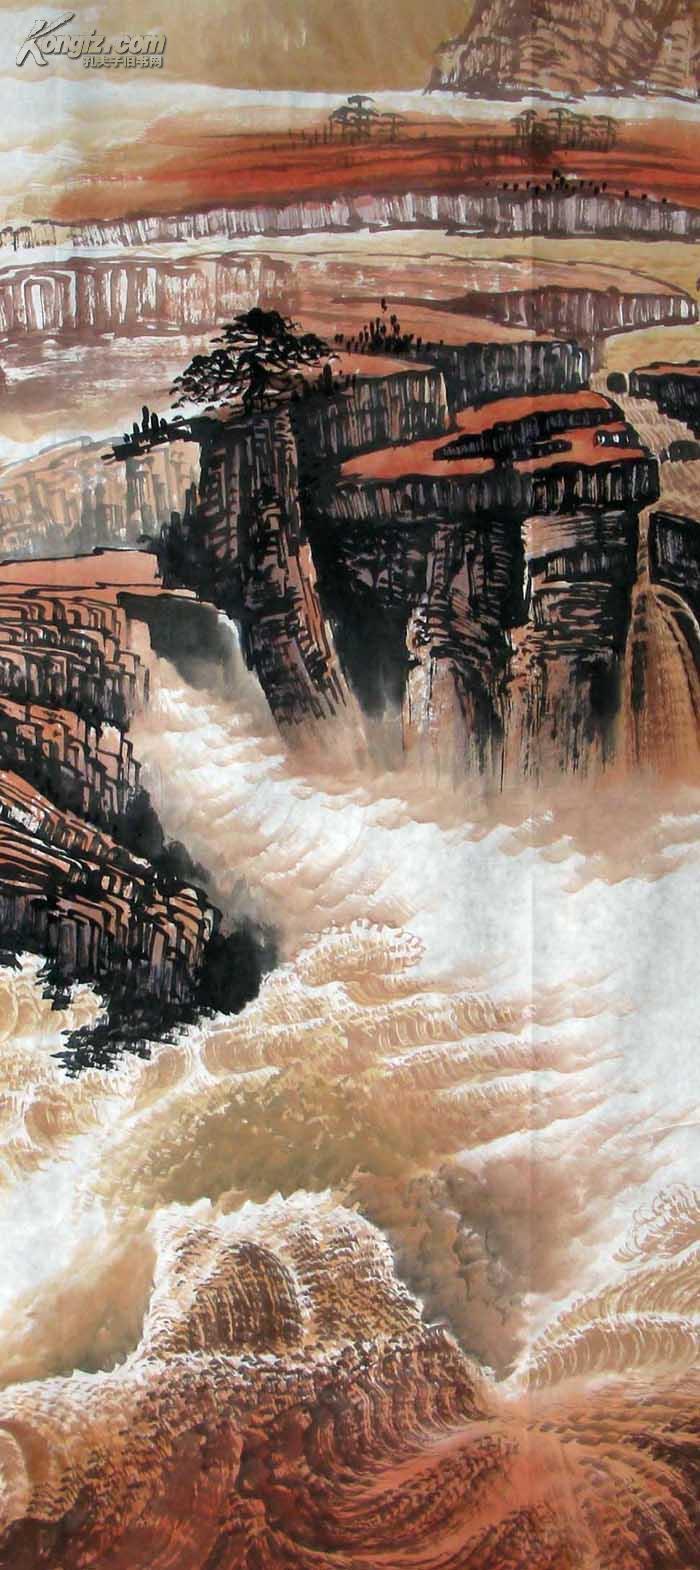
黄河西来决昆仑，咆哮万里触龙门。